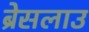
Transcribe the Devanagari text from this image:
ब्रेसलाउ